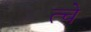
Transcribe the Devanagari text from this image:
त्चे